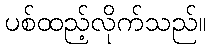
ပစ်ထည့်လိုက်သည်။